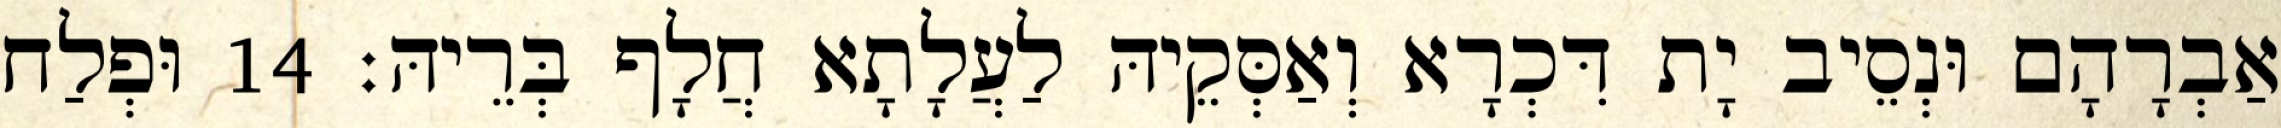
אַבְרָהָם וּנְסֵיב יָת דִּכְרָא וְאַסְּקֵיהּ לַעֲלָתָא חֲלָף בְּרֵיהּ׃ 14 וּפְלַח